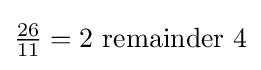
{\tfrac {26}{11}}=2{\mbox{ remainder }}4